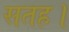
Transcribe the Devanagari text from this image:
सतह।